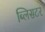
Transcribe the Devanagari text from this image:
ब्लिसटर